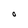
Character: O